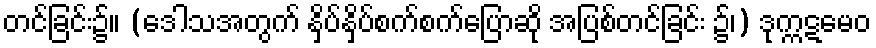
တင်ခြင်း၌။ (ဒေါသအတွက် နှိပ်နှိပ်စက်စက်ပြောဆို အပြစ်တင်ခြင်း ၌၊) ဒုက္ကဋမေဝ